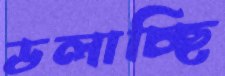
ডলাচ্ছি